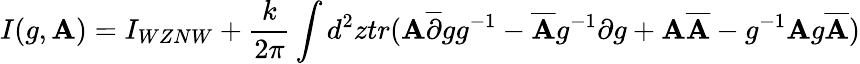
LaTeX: I(g,{\mathbf A})=I_{WZNW}+\frac{k}{2\pi}\int d^{2}ztr({\mathbf A}\overline{{{\partial}}}gg^{-1}-\overline{{{{\mathbf A}}}}g^{-1}\partial g+{\mathbf A}\overline{{{{\mathbf A}}}}-g^{-1}{\mathbf A}g\overline{{{{\mathbf A}}}})